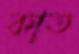
কাত